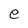
Character: e